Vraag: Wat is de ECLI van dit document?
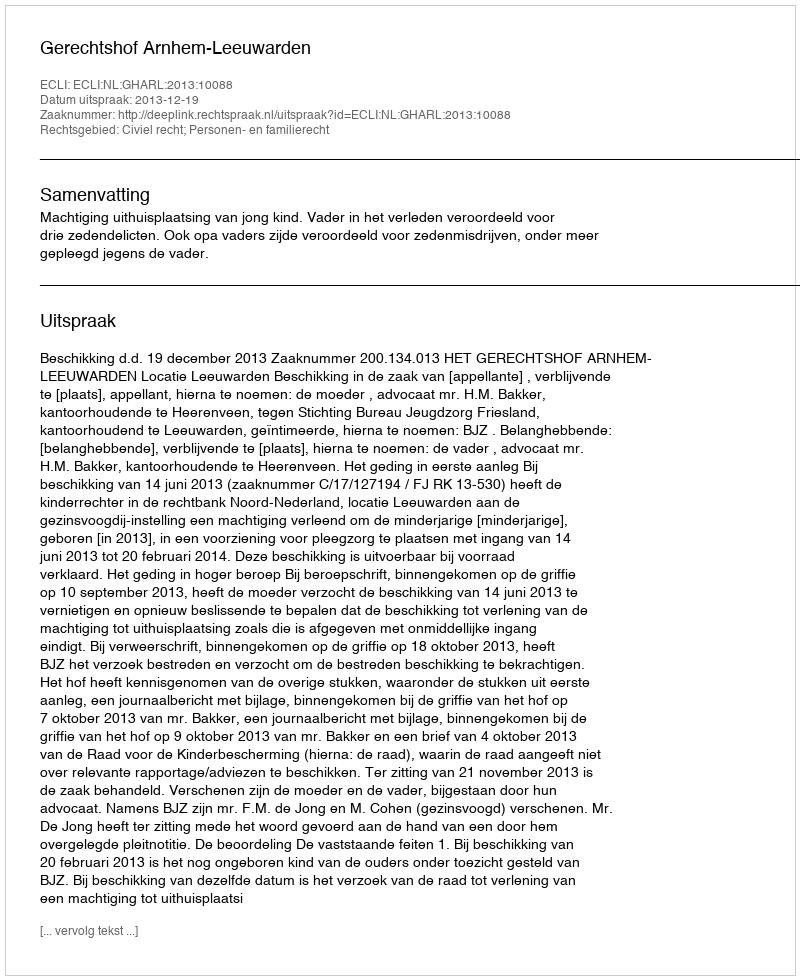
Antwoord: ECLI:NL:GHARL:2013:10088